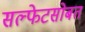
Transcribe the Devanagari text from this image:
सल्फेटसोबत